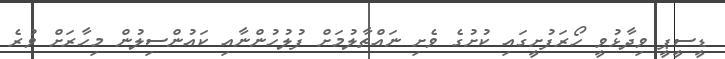
ޑީސީޕީ ވިދާޅުވީ ހޯރަފުށީގައި ކުށުގެ ވެށި ނައްތާލުމަށް ފުލުހުންނާއި ކައުންސިލުން މިހާރަށް ވުރެ